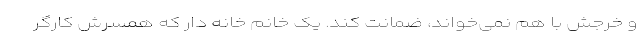
و خرجش با هم نمی‌خواند، ضمانت کند. یک خانم خانه دار که همسرش کارگر